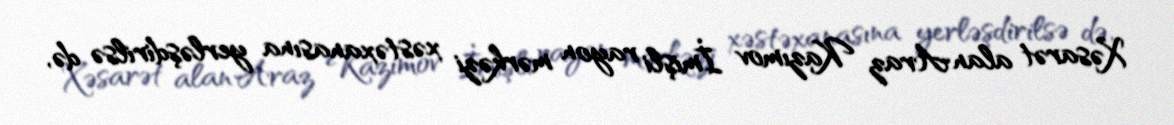
Xəsarət alan Araz Kazımov İmişli rayon mərkəzi xəstəxanasına yerləşdirilsə də,